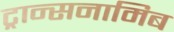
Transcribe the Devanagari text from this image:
ट्रान्सनामिब